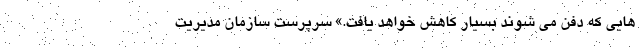
هایی که دفن می شوند بسیار کاهش خواهد یافت.» سرپرست سازمان مدیریت